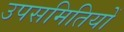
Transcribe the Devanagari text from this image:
उपसमितियों